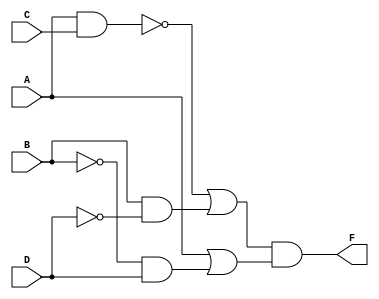
module Lab1_dataflow(F, A, B, C, D);
    output F;
    input  A, B, C, D;
    wire   w1, w2, w3, w4, w5, w6, w7, w8;

    assign F= ((!(A && C)) || (B && (!D))) && (A ||((!B) && D));

endmodule